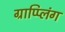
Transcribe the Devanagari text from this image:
ग्राप्प्लिंग